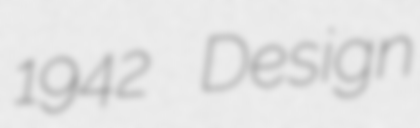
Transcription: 1942 Design